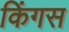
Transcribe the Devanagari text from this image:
किंगस